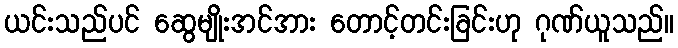
ယင်းသည်ပင် ဆွေမျိုးအင်အား တောင့်တင်းခြင်းဟု ဂုဏ်ယူသည်။